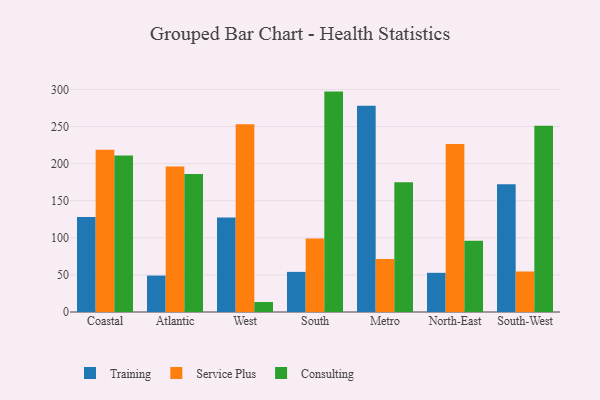
{"axis": {"x": "Region", "y": "Website Visitors"}, "legend": ["Consulting", "Service Plus", "Training"], "data": [{"x": "Coastal", "y": 128.0, "type": "Training"}, {"x": "Coastal", "y": 218.8, "type": "Service Plus"}, {"x": "Coastal", "y": 210.8, "type": "Consulting"}, {"x": "Atlantic", "y": 49.1, "type": "Training"}, {"x": "Atlantic", "y": 196.3, "type": "Service Plus"}, {"x": "Atlantic", "y": 185.9, "type": "Consulting"}, {"x": "West", "y": 127.4, "type": "Training"}, {"x": "West", "y": 253.1, "type": "Service Plus"}, {"x": "West", "y": 13.5, "type": "Consulting"}, {"x": "South", "y": 54.1, "type": "Training"}, {"x": "South", "y": 99.2, "type": "Service Plus"}, {"x": "South", "y": 297.1, "type": "Consulting"}, {"x": "Metro", "y": 278.1, "type": "Training"}, {"x": "Metro", "y": 71.5, "type": "Service Plus"}, {"x": "Metro", "y": 174.8, "type": "Consulting"}, {"x": "North-East", "y": 52.8, "type": "Training"}, {"x": "North-East", "y": 226.6, "type": "Service Plus"}, {"x": "North-East", "y": 96.2, "type": "Consulting"}, {"x": "South-West", "y": 172.2, "type": "Training"}, {"x": "South-West", "y": 54.6, "type": "Service Plus"}, {"x": "South-West", "y": 251.2, "type": "Consulting"}]}